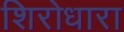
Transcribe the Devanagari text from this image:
शिरोधारा